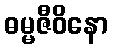
ဓမ္မဇီဝိနော